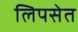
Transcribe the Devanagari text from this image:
लिपसेत